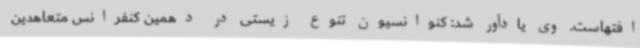
افتهاست. وی یادآور شد: کنوانسیون تنوع زیستی در دهمین کنفرانس متعاهدین